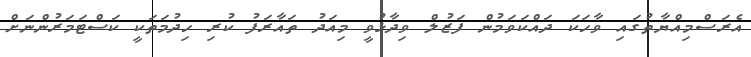
އެރަސްމިއްޔާތުގައި ވާހަކަ ދައްކަވަމުން ފަޒުލް ވިދާޅުވީ މިއަދު ތައާރަފު ކުރި ހިދުމަތަކީ ކަސްޓަމަރުންނަށް